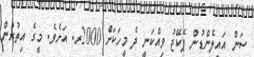
ސަން އައިލެންޑުން ޕެކޭޖު ވިއްކަނީ ދެ މީހަކަށް 2000ރ. އަށެވެ. މީގެ އިތުރުން